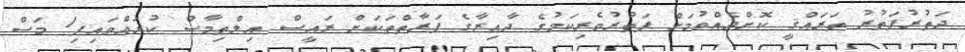
ދަތުރުފަތުރު ތަރައްޤީ ކޮށްދެއްވުމަށް ފަތުރުވެރިކަމުގެ ދާއިރާގެ ފަރާތްތަކަށް ރައީސް އިލްތިމާސް ކުރައްވައިފި1 މަސް